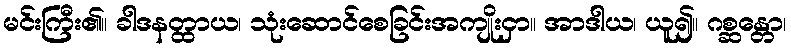
မင်းကြီး၏။ ခါဒနတ္ထာယ၊ သုံးဆောင်စေခြင်းအကျိုးငှာ။ အာဒါယ၊ ယူ၍။ ဂစ္ဆန္တော၊